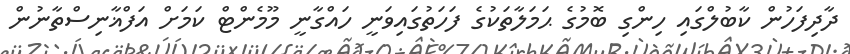
ދާދިފަހުން ކާބުލްގައި ހިންގި ބޮމުގެ ޙަމަލާތަކުގެ ފަހަތުގައިވަނީ ހައްގާނީ މޫމެންޓް ކަމަށް އަފްޣާނިސްތާނުން